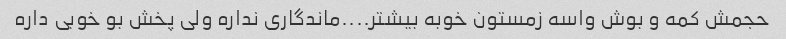
حجمش کمه و بوش واسه زمستون خوبه بیشتر....ماندگاری نداره ولی پخش بو خوبی داره